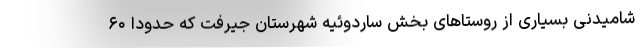
شامیدنی بسیاری از روستاهای بخش ساردوئیه شهرستان جیرفت که حدودا ۶۰